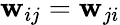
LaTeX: \mathbf{w}_{ij}=\mathbf{w}_{ji}